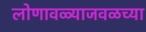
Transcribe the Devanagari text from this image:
लोणावळ्याजवळच्या